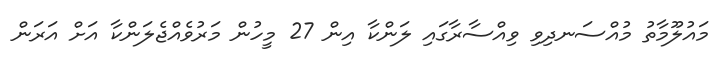
މައުލޫމާތު މުއްސަނދިވި ވިއްސާރާގައި ލަންކާ އިން 27 މީހުން މަރުވެއްޖެލަންކާ އަށް އަރަން